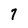
Character: 7